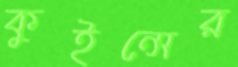
কুইন্সের